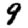
Digit: 9